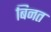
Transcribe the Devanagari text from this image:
बिनत